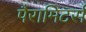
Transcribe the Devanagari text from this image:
पैरामिटर्स